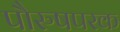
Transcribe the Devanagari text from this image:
पौरुषपरक